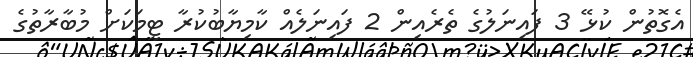
އެގޮތުން ކުޅޭ 3 ފައިނަލުގެ ތެރެއިން 2 ފައިނަލެއް ކާމިޔާބުކުރާ ޓީމަކަށް މުބާރާތުގެ